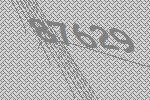
87629